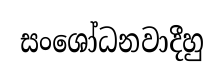
සංශෝධනවාදීහු